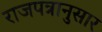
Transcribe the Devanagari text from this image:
राजपत्रानुसार